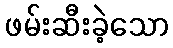
ဖမ်းဆီးခဲ့သော